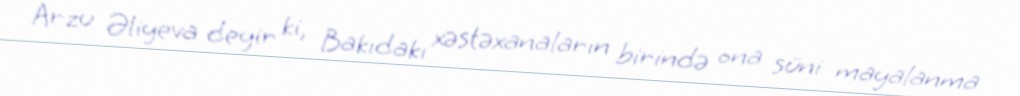
Arzu Əliyeva deyir ki, Bakıdakı xəstəxanaların birində ona süni mayalanma